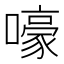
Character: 嚎